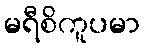
မရီစိကူပမာ